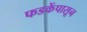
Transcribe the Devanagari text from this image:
फडकेंपासून